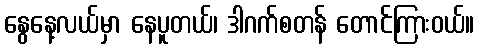
နွေနေ့လယ်မှာ နေပူတယ်၊ ဒါဂက်စတန် တောင်ကြားဝယ်။